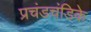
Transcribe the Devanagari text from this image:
प्रचंडचंडिके